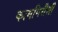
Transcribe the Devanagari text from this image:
कामगिरीशी